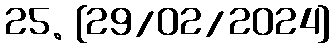
25. {29/02/2024}